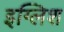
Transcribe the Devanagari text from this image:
इग्लिश